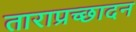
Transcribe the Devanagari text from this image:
ताराप्रच्छादन